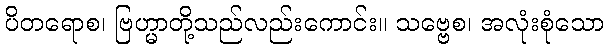
ပိတရောစ၊ ဗြဟ္မာတို့သည်လည်းကောင်း။ သဗ္ဗေစ၊ အလုံးစုံသော